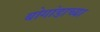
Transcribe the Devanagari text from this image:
बोगांडाच्या